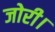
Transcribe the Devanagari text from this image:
जोरी।